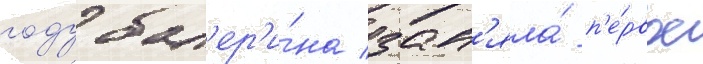
году бал'ер'и́на зан'яла́ п'е́рвое